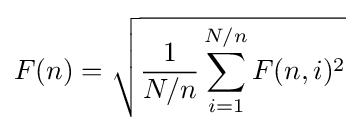
F(n)={\sqrt {{\frac {1}{N/n}}\sum _{i=1}^{N/n}F(n,i)^{2}}}